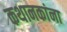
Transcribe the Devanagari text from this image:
कथानकांना